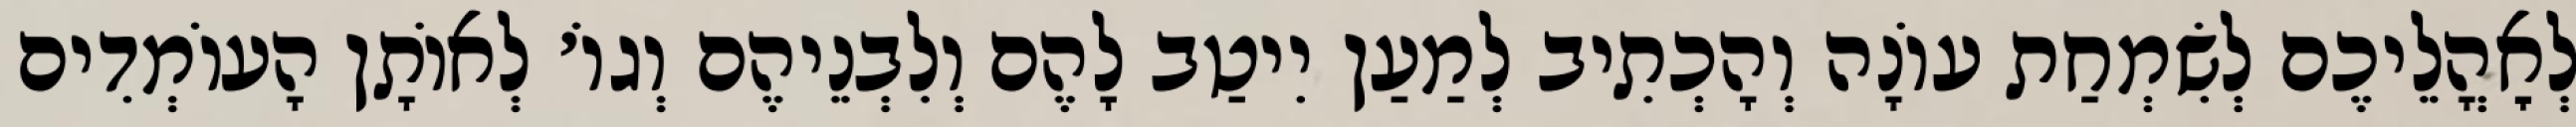
לְאׇהֳלֵיכֶם לְשִׂמְחַת עוֹנָה וְהָכְתִיב לְמַעַן יִיטַב לָהֶם וְלִבְנֵיהֶם וְגוֹ׳ לְאוֹתָן הָעוֹמְדִים